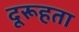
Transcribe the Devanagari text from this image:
दूरूहता